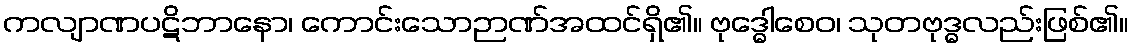
ကလျာဏပဋိဘာနော၊ ကောင်းသောဉာဏ်အထင်ရှိ၏။ ဗုဒ္ဓေါစေဝ၊ သုတဗုဒ္ဓလည်းဖြစ်၏။